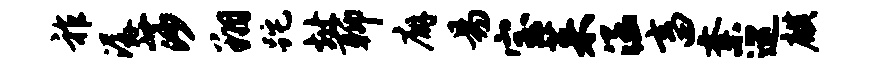
祚潺莎翔跎址聊廨易宝茱涵畜紊巡麒